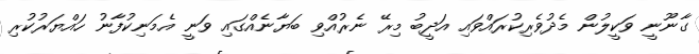
ގާނޫނީ ވަކީލުން މެދުވެރިކުރައްވައި އަދީބު މިރޭ ނެރުއްވި ބަޔާނެއްގައި ވަނީ އެމަނިކުފާނު ހައްޔަރުކުރި